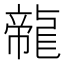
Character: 㡣